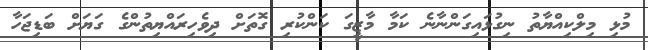
މުޅި މިލްކިއްޔާތު ނިގުޅައިގަންނާނެ ކަމާ މާޒީގަ ކަންކުރި ގޮތަށް ދިވެހިރައްޔިތުންގެ ގަޔަށް ބަޑިޖަހާ